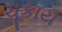
ચૂકાય